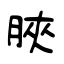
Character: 脥